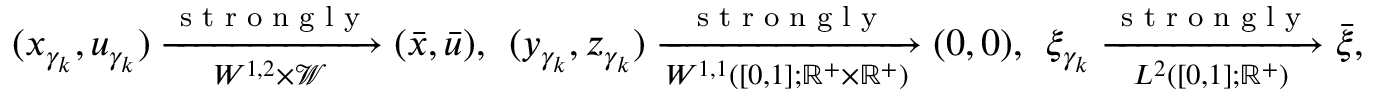
( x _ { \gamma _ { k } } , u _ { \gamma _ { k } } ) \xrightarrow [ { W ^ { 1 , 2 } \times \mathscr { W } } ] { \textnormal { s t r o n g l y } } ( \bar { x } , \bar { u } ) , \; \, ( y _ { \gamma _ { k } } , z _ { \gamma _ { k } } ) \xrightarrow [ { W ^ { 1 , 1 } ( [ 0 , 1 ] ; \mathbb { R } ^ { + } \times \mathbb { R } ^ { + } ) } ] { \textnormal { s t r o n g l y } } ( 0 , 0 ) , \; \, \xi _ { \gamma _ { k } } \xrightarrow [ { L ^ { 2 } ( [ 0 , 1 ] ; \mathbb { R } ^ { + } ) } ] { \textnormal { s t r o n g l y } } \bar { \xi } ,